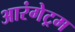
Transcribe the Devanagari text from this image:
आरंगेट्रम